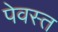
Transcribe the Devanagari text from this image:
पेवस्त